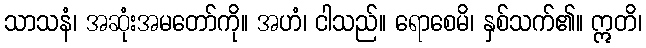
သာသနံ၊ အဆုံးအမတော်ကို။ အဟံ၊ ငါသည်။ ရောစေမိ၊ နှစ်သက်၏။ ဣတိ၊